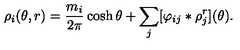
\rho _ { i } ( \theta , r ) = \frac { m _ { i } } { 2 \pi } \cosh \theta + \sum _ { j } [ \varphi _ { i j } \ast \rho _ { j } ^ { r } ] ( \theta ) .